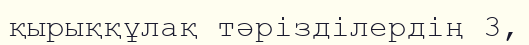
қырыққұлақ тәрізділердің 3,